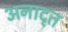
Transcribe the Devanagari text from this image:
अनादृत